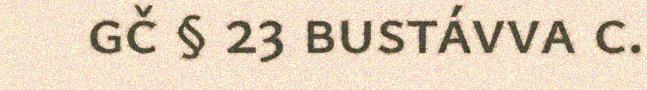
gč § 23 bustávva c.